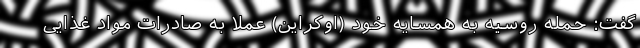
گفت: حمله روسیه به همسایه خود (اوکراین) عملاً به صادرات مواد غذایی